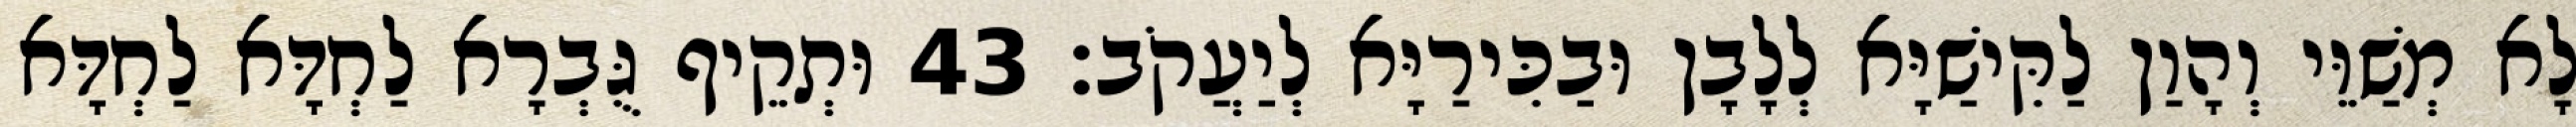
לָא מְשַׁוֵּי וְהָוַן לַקִּישַׁיָּא לְלָבָן וּבַכִּירַיָּא לְיַעֲקֹב׃ 43 וּתְקֵיף גֻּבְרָא לַחְדָּא לַחְדָּא